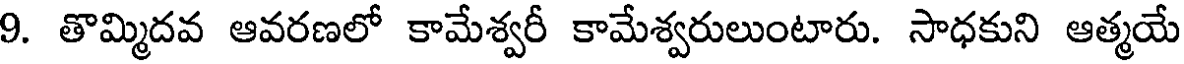
9. తొమ్మిదవ ఆవరణలో కామేశ్వరీ కామేశ్వరులుంటారు. సాధకుని ఆత్మయే